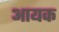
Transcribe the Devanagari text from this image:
आयक